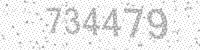
Solution: 734479